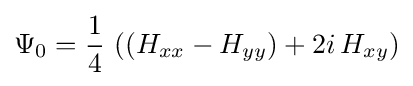
\Psi _{0}={\frac {1}{4}}\,\left(\left(H_{xx}-H_{yy}\right)+2i\,H_{xy}\right)